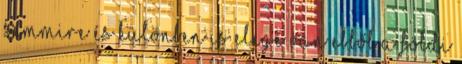
semmire és különben is elege van ebből a földi